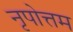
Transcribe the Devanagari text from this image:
नृपोत्तम